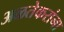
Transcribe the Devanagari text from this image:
अळतेकरांना